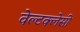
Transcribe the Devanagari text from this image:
वेल्टक्लेसी